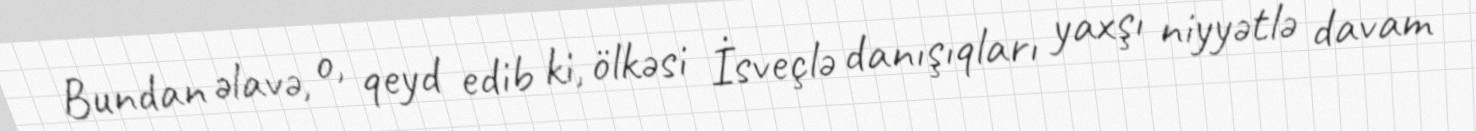
Bundan əlavə, o, qeyd edib ki, ölkəsi İsveçlə danışıqları yaxşı niyyətlə davam